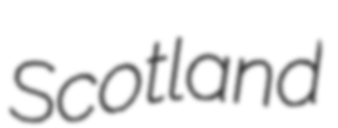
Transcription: Scotland